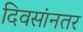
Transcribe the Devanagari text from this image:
दिवसांनतर